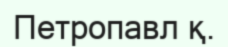
Петропавл қ.